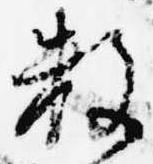
数